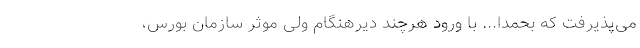
می‌پذیرفت که بحمدا... با ورود هرچند دیرهنگام ولی موثر سازمان بورس،